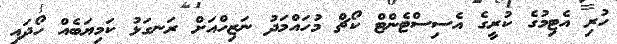
ހުރި އެޓިމުގެ ކުރީގެ އެސިސްޓެންޓް ކޯޗް މުހައްމަދު ނަޒިހްއަށް ރަނގަޅު ކަމިޔަބެއް ހޯދައި